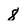
Character: 8